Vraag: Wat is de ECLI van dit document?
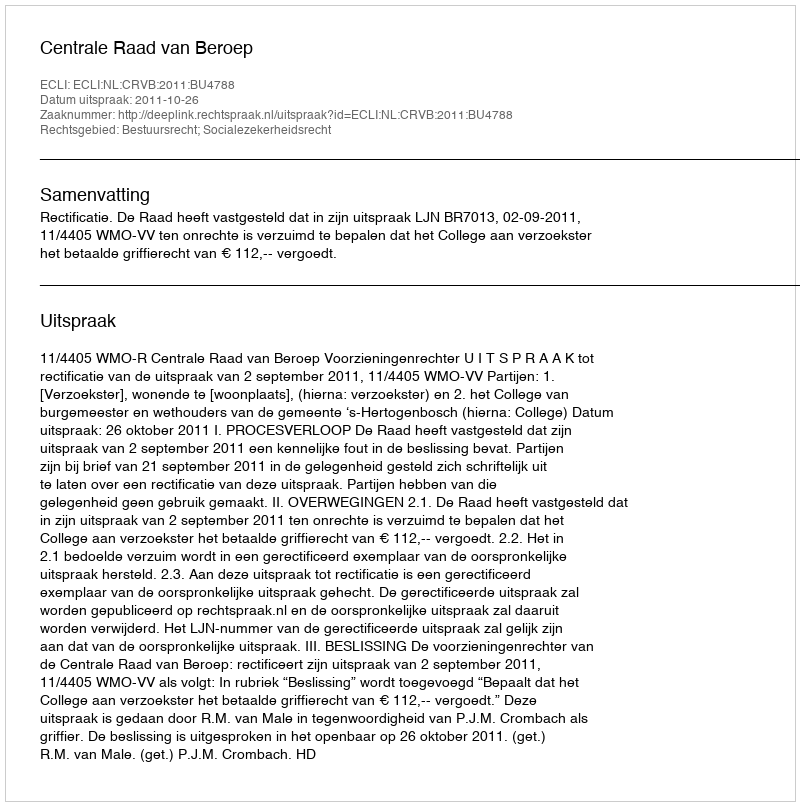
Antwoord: ECLI:NL:CRVB:2011:BU4788